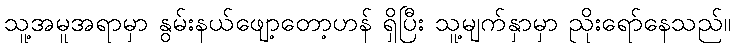
သူ့အမူအရာမှာ နွမ်းနယ်ဖျော့တော့ဟန် ရှိပြီး သူ့မျက်နှာမှာ ညိုးရော်နေသည်။